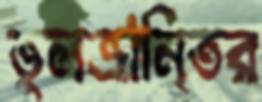
ভুলভ্রানি্তর